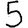
Digit: 5